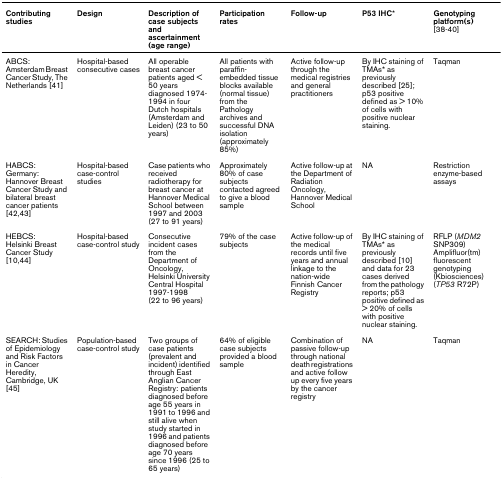
<table><thead><tr><td><b>Contributing studies</b></td><td><b>Design</b></td><td><b>Description of case subjects and ascertainment(age range)</b></td><td><b>Participation rates</b></td><td><b>Follow-up</b></td><td><b>P53 IHC*</b></td><td><b>Genotyping platform(s) [38-40]</b></td></tr></thead><tbody><tr><td>ABCS: Amsterdam Breast Cancer Study, The Netherlands [41]</td><td>Hospital-based consecutive cases</td><td>All operable breast cancer patients aged &lt; 50 years diagnosed 1974-1994 in four Dutch hospitals (Amsterdam and Leiden) (23 to 50 years)</td><td>All patients with paraffin-embedded tissue blocks available (normal tissue) from the Pathology archives and successful DNA isolation (approximately 85%)</td><td>Active follow-up through the medical registries and general practitioners</td><td>By IHC staining of TMAs* as previously described [25]; p53 positive defined as &gt; 10% of cells with positive nuclear staining.</td><td>Taqman</td></tr><tr><td>HABCS: Germany:Hannover Breast Cancer Study and bilateral breast cancer patients [42,43]</td><td>Hospital-based case-control studies</td><td>Case patients who received radiotherapy for breast cancer at Hannover Medical School between 1997 and 2003 (27 to 91 years)</td><td>Approximately 80% of case subjects contacted agreed to give a blood sample</td><td>Active follow-up at the Department of Radiation Oncology, Hannover Medical School</td><td>NA</td><td>Restriction enzyme-based assays</td></tr><tr><td>HEBCS:Helsinki Breast Cancer Study [10,44]</td><td>Hospital-based case-control study</td><td>Consecutive incident cases from the Department of Oncology, Helsinki University Central Hospital 1997-1998(22 to 96 years)</td><td>79% of the case subjects</td><td>Active follow-up of the medical records until five years and annual linkage to the nation-wide Finnish Cancer Registry</td><td>By IHC staining of TMAs* as previously described [10] and data for 23 cases derived from the pathology reports; p53 positive defined as &gt; 20% of cells with positive nuclear staining.</td><td>RFLP (<i>MDM2 </i>SNP309)Amplifluor(tm) fluorescent genotyping (Kbiosciences) (<i>TP53 </i>R72P)</td></tr><tr><td>SEARCH: Studies of Epidemiology and Risk Factors in Cancer Heredity, Cambridge, UK [45]</td><td>Population-based case-control study</td><td>Two groups of case patients (prevalent and incident) identified through East Anglian Cancer Registry: patients diagnosed before age 55 years in 1991 to 1996 and still alive when study started in 1996 and patients diagnosed before age 70 years since 1996 (25 to 65 years)</td><td>64% of eligible case subjects provided a blood sample</td><td>Combination of passive follow-up through national death registrations and active follow up every five years by the cancer registry</td><td>NA</td><td>Taqman</td></tr></tbody></table>